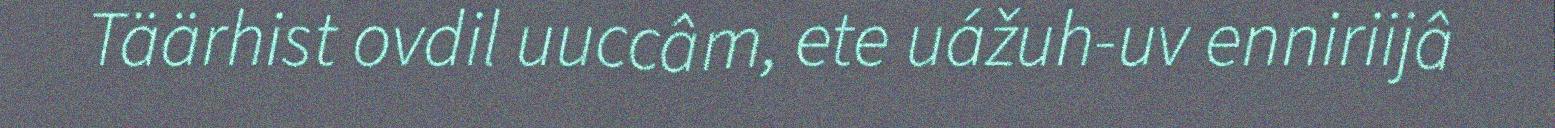
Täärhist ovdil uuccâm, ete uážuh-uv enniriijâ